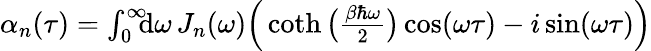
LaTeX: \begin{array}{r}{\alpha_{n}(\tau)=\int_{0}^{\infty}\! \! \! \mathrm{d}\omega\, J_{n}(\omega)\Big(\coth\big(\frac{\beta\hbar\omega}{2}\big)\cos(\omega\tau)-i\sin(\omega\tau)\Big)}\end{array}